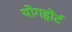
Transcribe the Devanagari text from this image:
योगहोर्ट